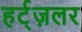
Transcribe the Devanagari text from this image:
हर्ट्ज़लर